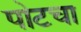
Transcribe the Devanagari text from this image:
पोटचा